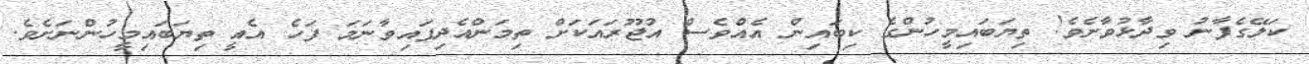
ކަލޭގެފާނު ވިދާޅުވާށެވެ! ތިޔަބައިމީހުންގެ ކިބައިން އެއްވެސް އުޖޫރަައަކަށް ތިމަންއެދިފައިވާނަމަ ފަހެ އެއީ ތިޔަބައިމީހުންނަށެވެ.